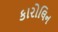
કારોલિન